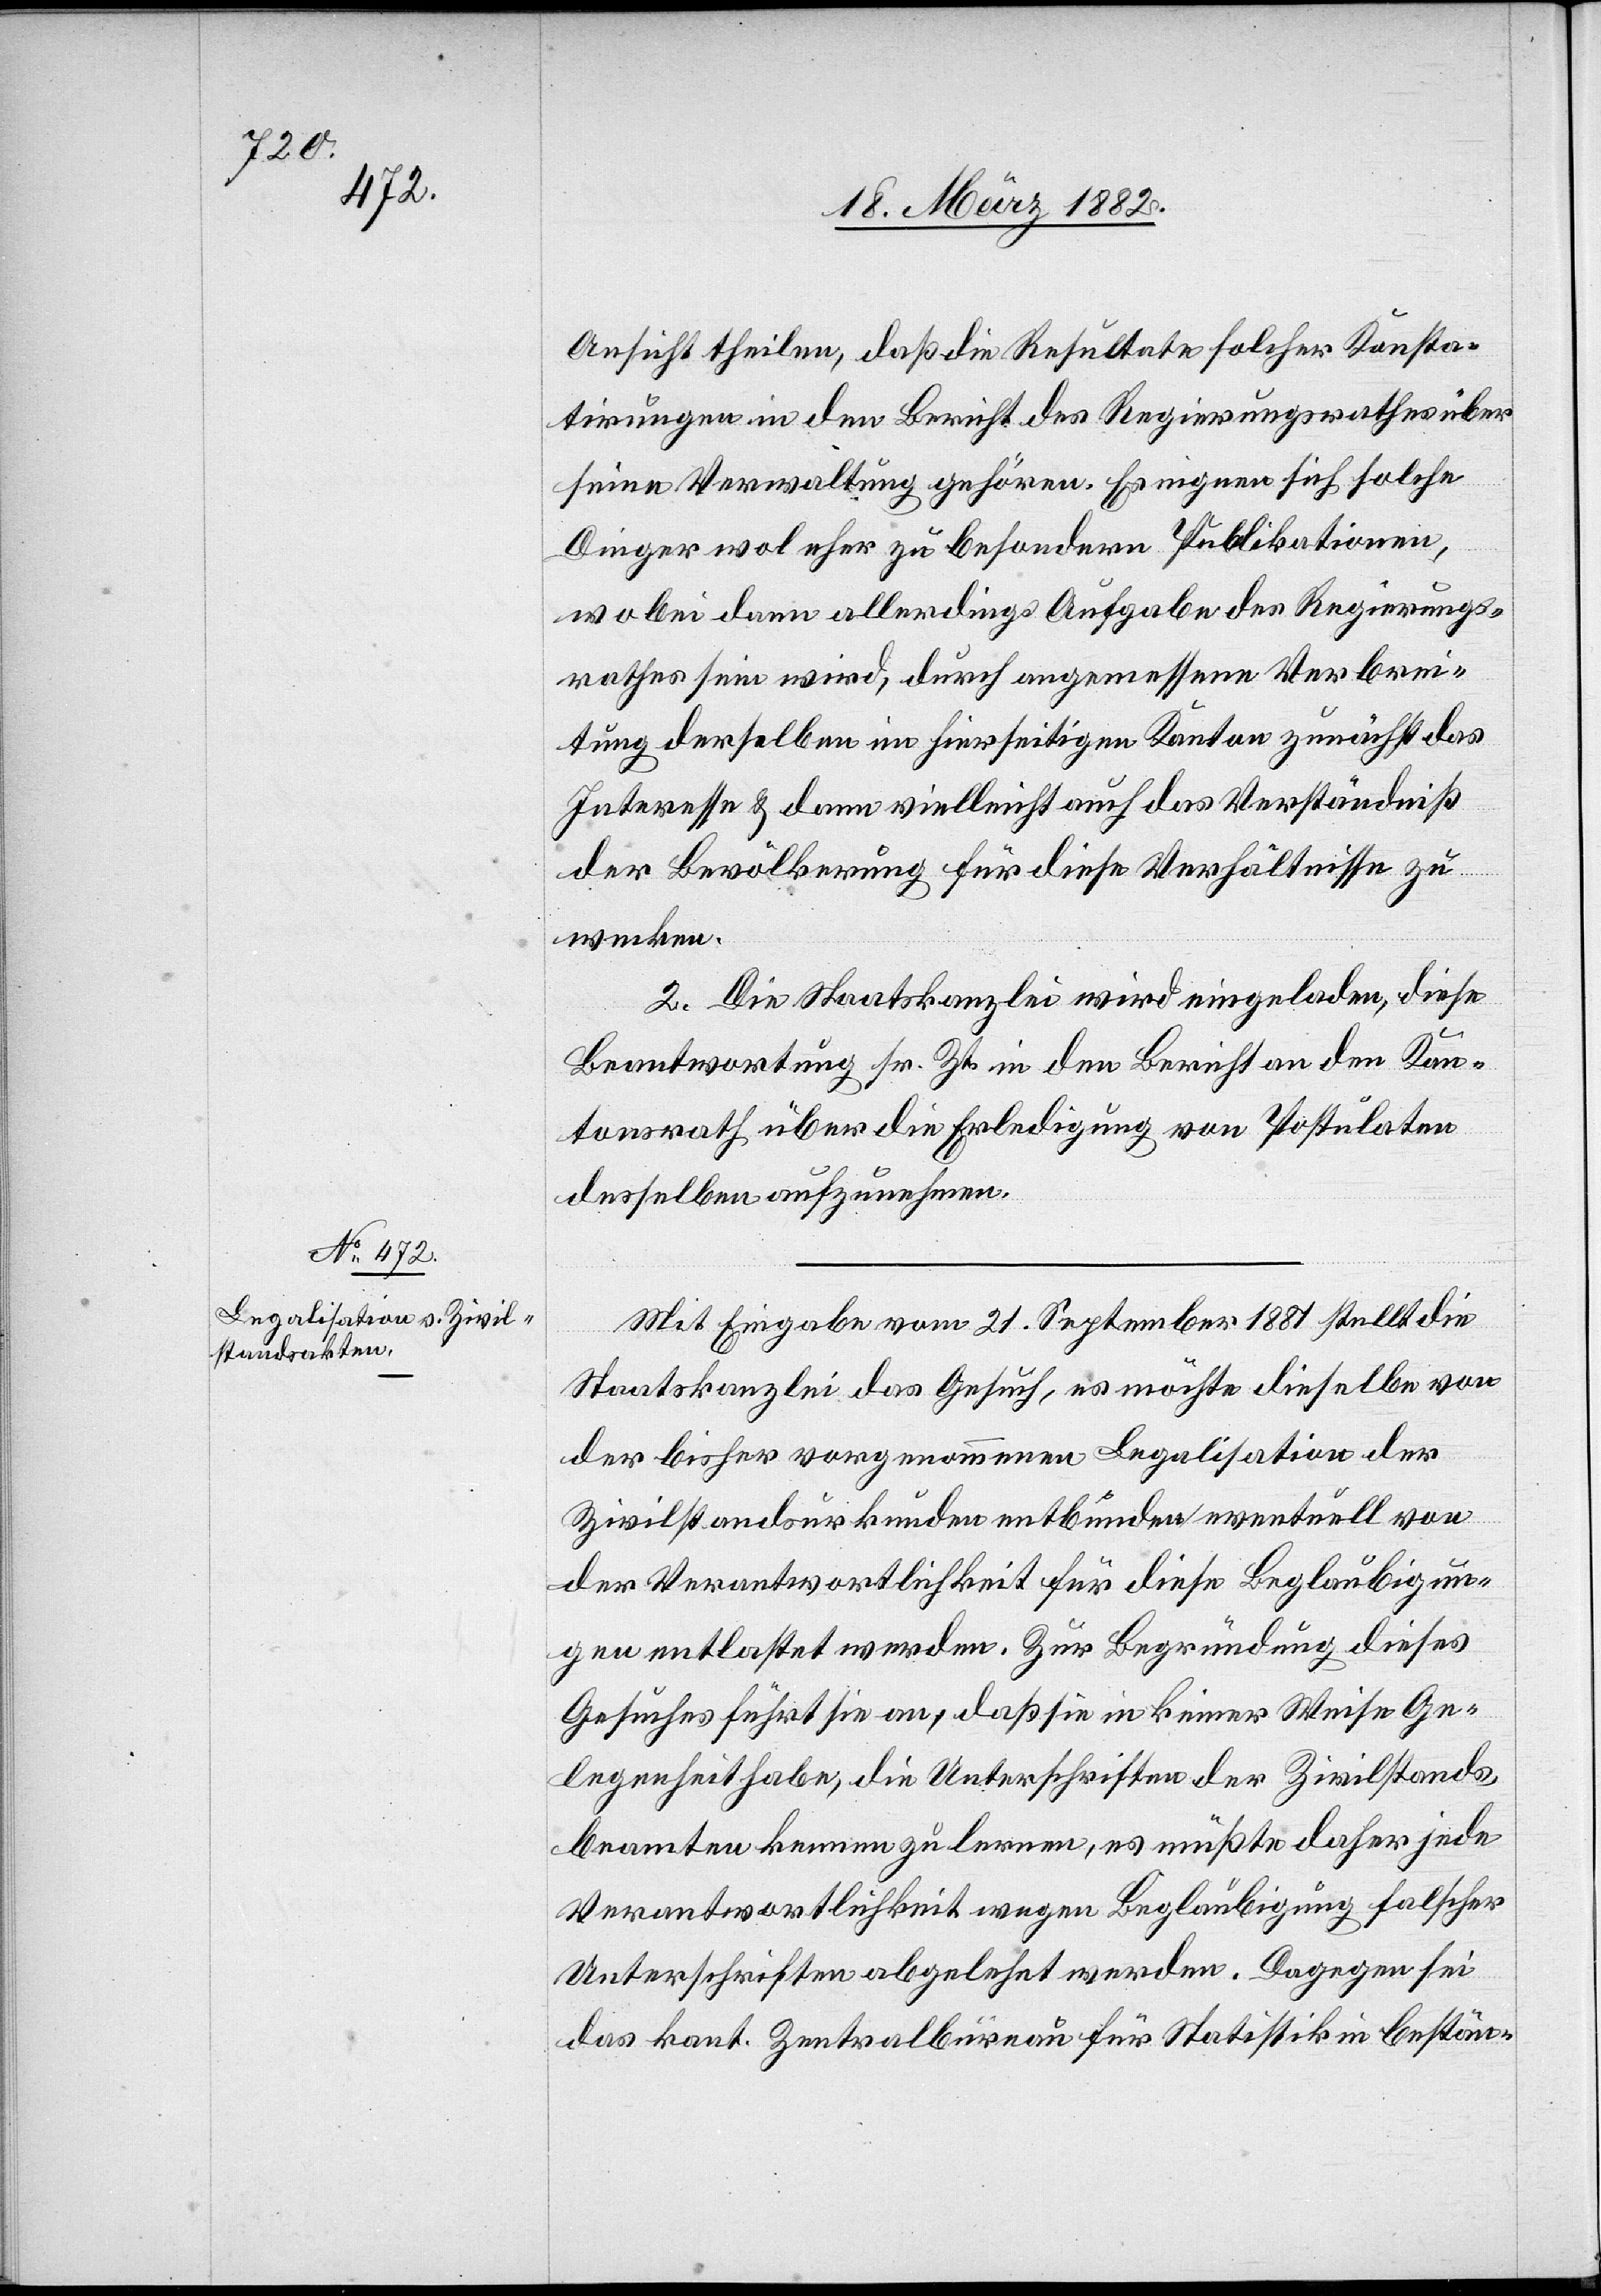
Ansicht theilen, daß die Resultate solcher Konsta¬
tirungen in den Bericht des Regierungsrathes über
seine Verwaltung gehören. Es eignen sich solche
Dinge wol eher zu besondern Publikationen,
wobei dann allerdings Aufgabe des Regierungs¬
rathes sein wird, durch angemessene Verbrei¬
tung derselben in hierseitigen Kanton zunächst das
Interesse & dann vielleicht auch das Verständniß
der Bevölkerung für diese Verhältnisse zu
wecken.
2. Die Staatskanzlei wird eingeladen, diese
Beantwortung sr. Zt. in den Bericht an den Kan¬
tonsrath über die Erledigung von Postulaten
desselben aufzunehmen.
Mit Eingabe vom 21. September 1881 stellt die
Staatskanzlei das Gesuch, es möchte dieselbe von
der bisher vorgenommenen Legalisation der
Zivilstandsurkunden entbunden eventuell von
der Verantwortlichkeit für diese Beglaubigun¬
gen entlastet werden. Zur Begründung dieses
Gesuches führt sie an, daß sie in keiner Weise Ge¬
legenheit habe, die Unterschriften der Zivilstands¬
beamten kennen zu lernen, es müßte daher jede
Verantwortlichkeit wegen Beglaubigung falscher
Unterschriften abgelehnt werden. Dagegen sei
das kant. Zentralbureau für Statistik in beständ-